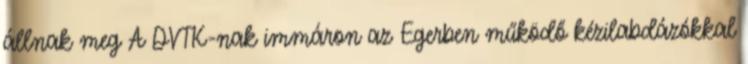
állnak meg A DVTK-nak immáron az Egerben működő kézilabdázókkal